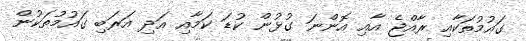
ގައުމުތަކާއި ރާއްޖެ އާއި އޮންނަ ގުޅުން ކުޑަ ކަމާއި އަދި އަރަބި ގައުމުތަކުން